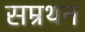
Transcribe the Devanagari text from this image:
सम्रथन